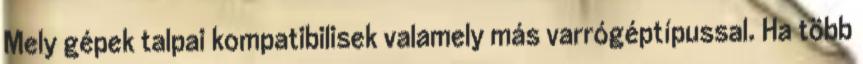
Mely gépek talpai kompatibilisek valamely más varrógéptípussal. Ha több